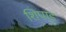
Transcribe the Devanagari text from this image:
शिपाइ